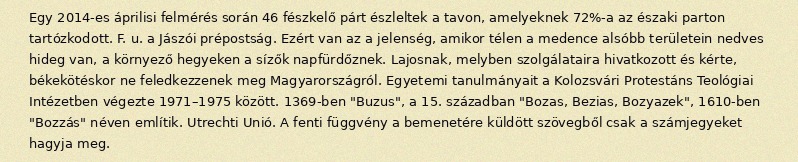
Egy 2014-es áprilisi felmérés során 46 fészkelő párt észleltek a tavon, amelyeknek 72%-a az északi parton tartózkodott. F. u. a Jászói prépostság. Ezért van az a jelenség, amikor télen a medence alsóbb területein nedves hideg van, a környező hegyeken a sízők napfürdőznek. Lajosnak, melyben szolgálataira hivatkozott és kérte, békekötéskor ne feledkezzenek meg Magyarországról. Egyetemi tanulmányait a Kolozsvári Protestáns Teológiai Intézetben végezte 1971–1975 között. 1369-ben "Buzus", a 15. században "Bozas, Bezias, Bozyazek", 1610-ben "Bozzás" néven említik. Utrechti Unió. A fenti függvény a bemenetére küldött szövegből csak a számjegyeket hagyja meg.